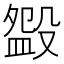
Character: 𣪰